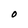
Character: O